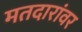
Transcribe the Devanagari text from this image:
मतदारांवर